Vaccination in Bombay 1869-1873 - 1869-1873
Year: 1869
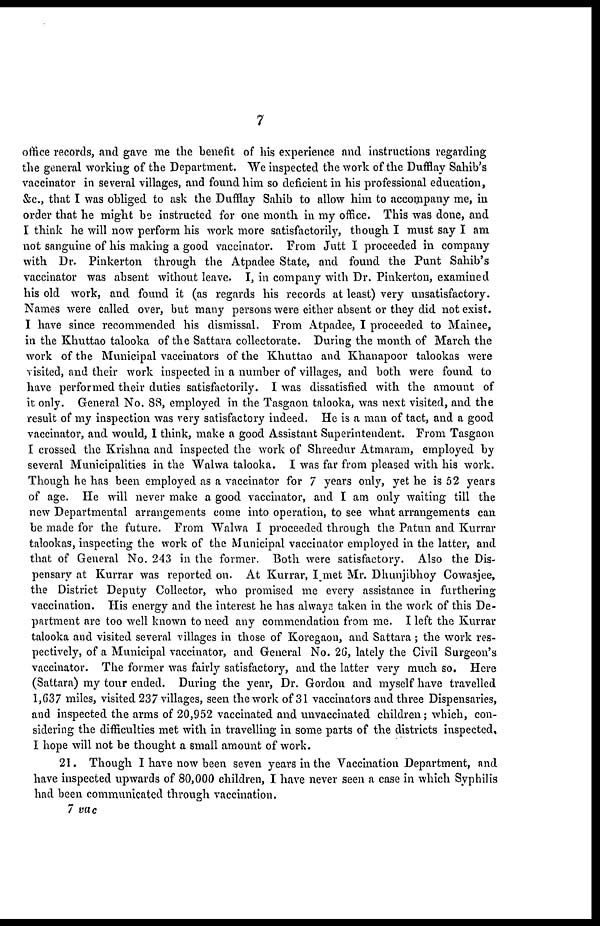
7
office records, and gave me the benefit of his experience and instructions regarding
the general working of the Department. We inspected the work of the Dufflay Sahib's
vaccinator in several villages, and found him so deficient in his professional education,
&c., that I was obliged to ask the Dufflay Sahib to allow him to accompany me, in
order that he might be instructed for one month in my office. This was done, and
I think he will now perform his work more satisfactorily, though I must say I am
not sanguine of his making a good vaccinator. From Jutt I proceeded in company
with Dr. Pinkerton through the Atpadee State, and found the Punt Sahib's
vaccinator was absent without leave. I, in company with Dr. Pinkerton, examined
his old work, and found it (as regards his records at least) very unsatisfactory.
Names were called over, but many persons were either absent or they did not exist.
I have since recommended his dismissal. From Atpadee, I proceeded to Mainee,
in the Khuttao talooka of the Sattara collectorate. During the month of March the
work of the Municipal vaccinators of the Khuttao and Khanapoor talookas were
visited, and their work inspected in a number of villages, and both were found to
have performed their duties satisfactorily. I was dissatisfied with the amount of
it only. General No. 88, employed in the Tasgaon talooka, was next visited, and the
result of my inspection was very satisfactory indeed. He is a man of tact, and a good
vaccinator, and would, I think, make a good Assistant Superintendent. From Tasgaon
I crossed the Krishna and inspected the work of Shreedur Atmaram, employed by
several Municipalities in the Walwa talooka. I was far from pleased with his work.
Though he has been employed as a vaccinator for 7 years only, yet he is 52 years
of age. He will never make a good vaccinator, and I am only waiting till the
new Departmental arrangements come into operation, to see what arrangements can
be made for the future. From Walwa I proceeded through the Patun and Kurrar
talookas, inspecting the work of the Municipal vaccinator employed in the latter, and
that of General No. 243 in the former. Both were satisfactory. Also the Dis-
pensary at Kurrar was reported on. At Kurrar, I met Mr. Dhunjibhoy Cowasjee,
the District Deputy Collector, who promised me every assistance in furthering
vaccination. His energy and the interest he has always taken in the work of this De-
partment are too well known to need any commendation from me. I left the Kurrar
talooka and visited several villages in those of Koregaon, and Sattara ; the work res-
pectively, of a Municipal vaccinator, and General No. 26, lately the Civil Surgeon's
vaccinator. The former was fairly satisfactory, and the latter very much so. Here
(Sattara) my tour ended. During the year, Dr. Gordon and myself have travelled
1,637 miles, visited 237 villages, seen the work of 31 vaccinators and three Dispensaries,
and inspected the arms of 20,952 vaccinated and unvaccinated children; which, con-
sidering the difficulties met with in travelling in some parts of the districts inspected,
I hope will not be thought a small amount of work.
21. Though I have now been seven years in the Vaccination Department, and
have inspected upwards of 80,000 children, I have never seen a case in which Syphilis
had been communicated through vaccination.
7 vac